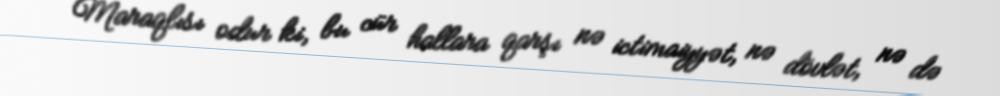
Maraqlısı odur ki, bu cür hallara qarşı nə ictimaiyyət, nə dövlət, nə də